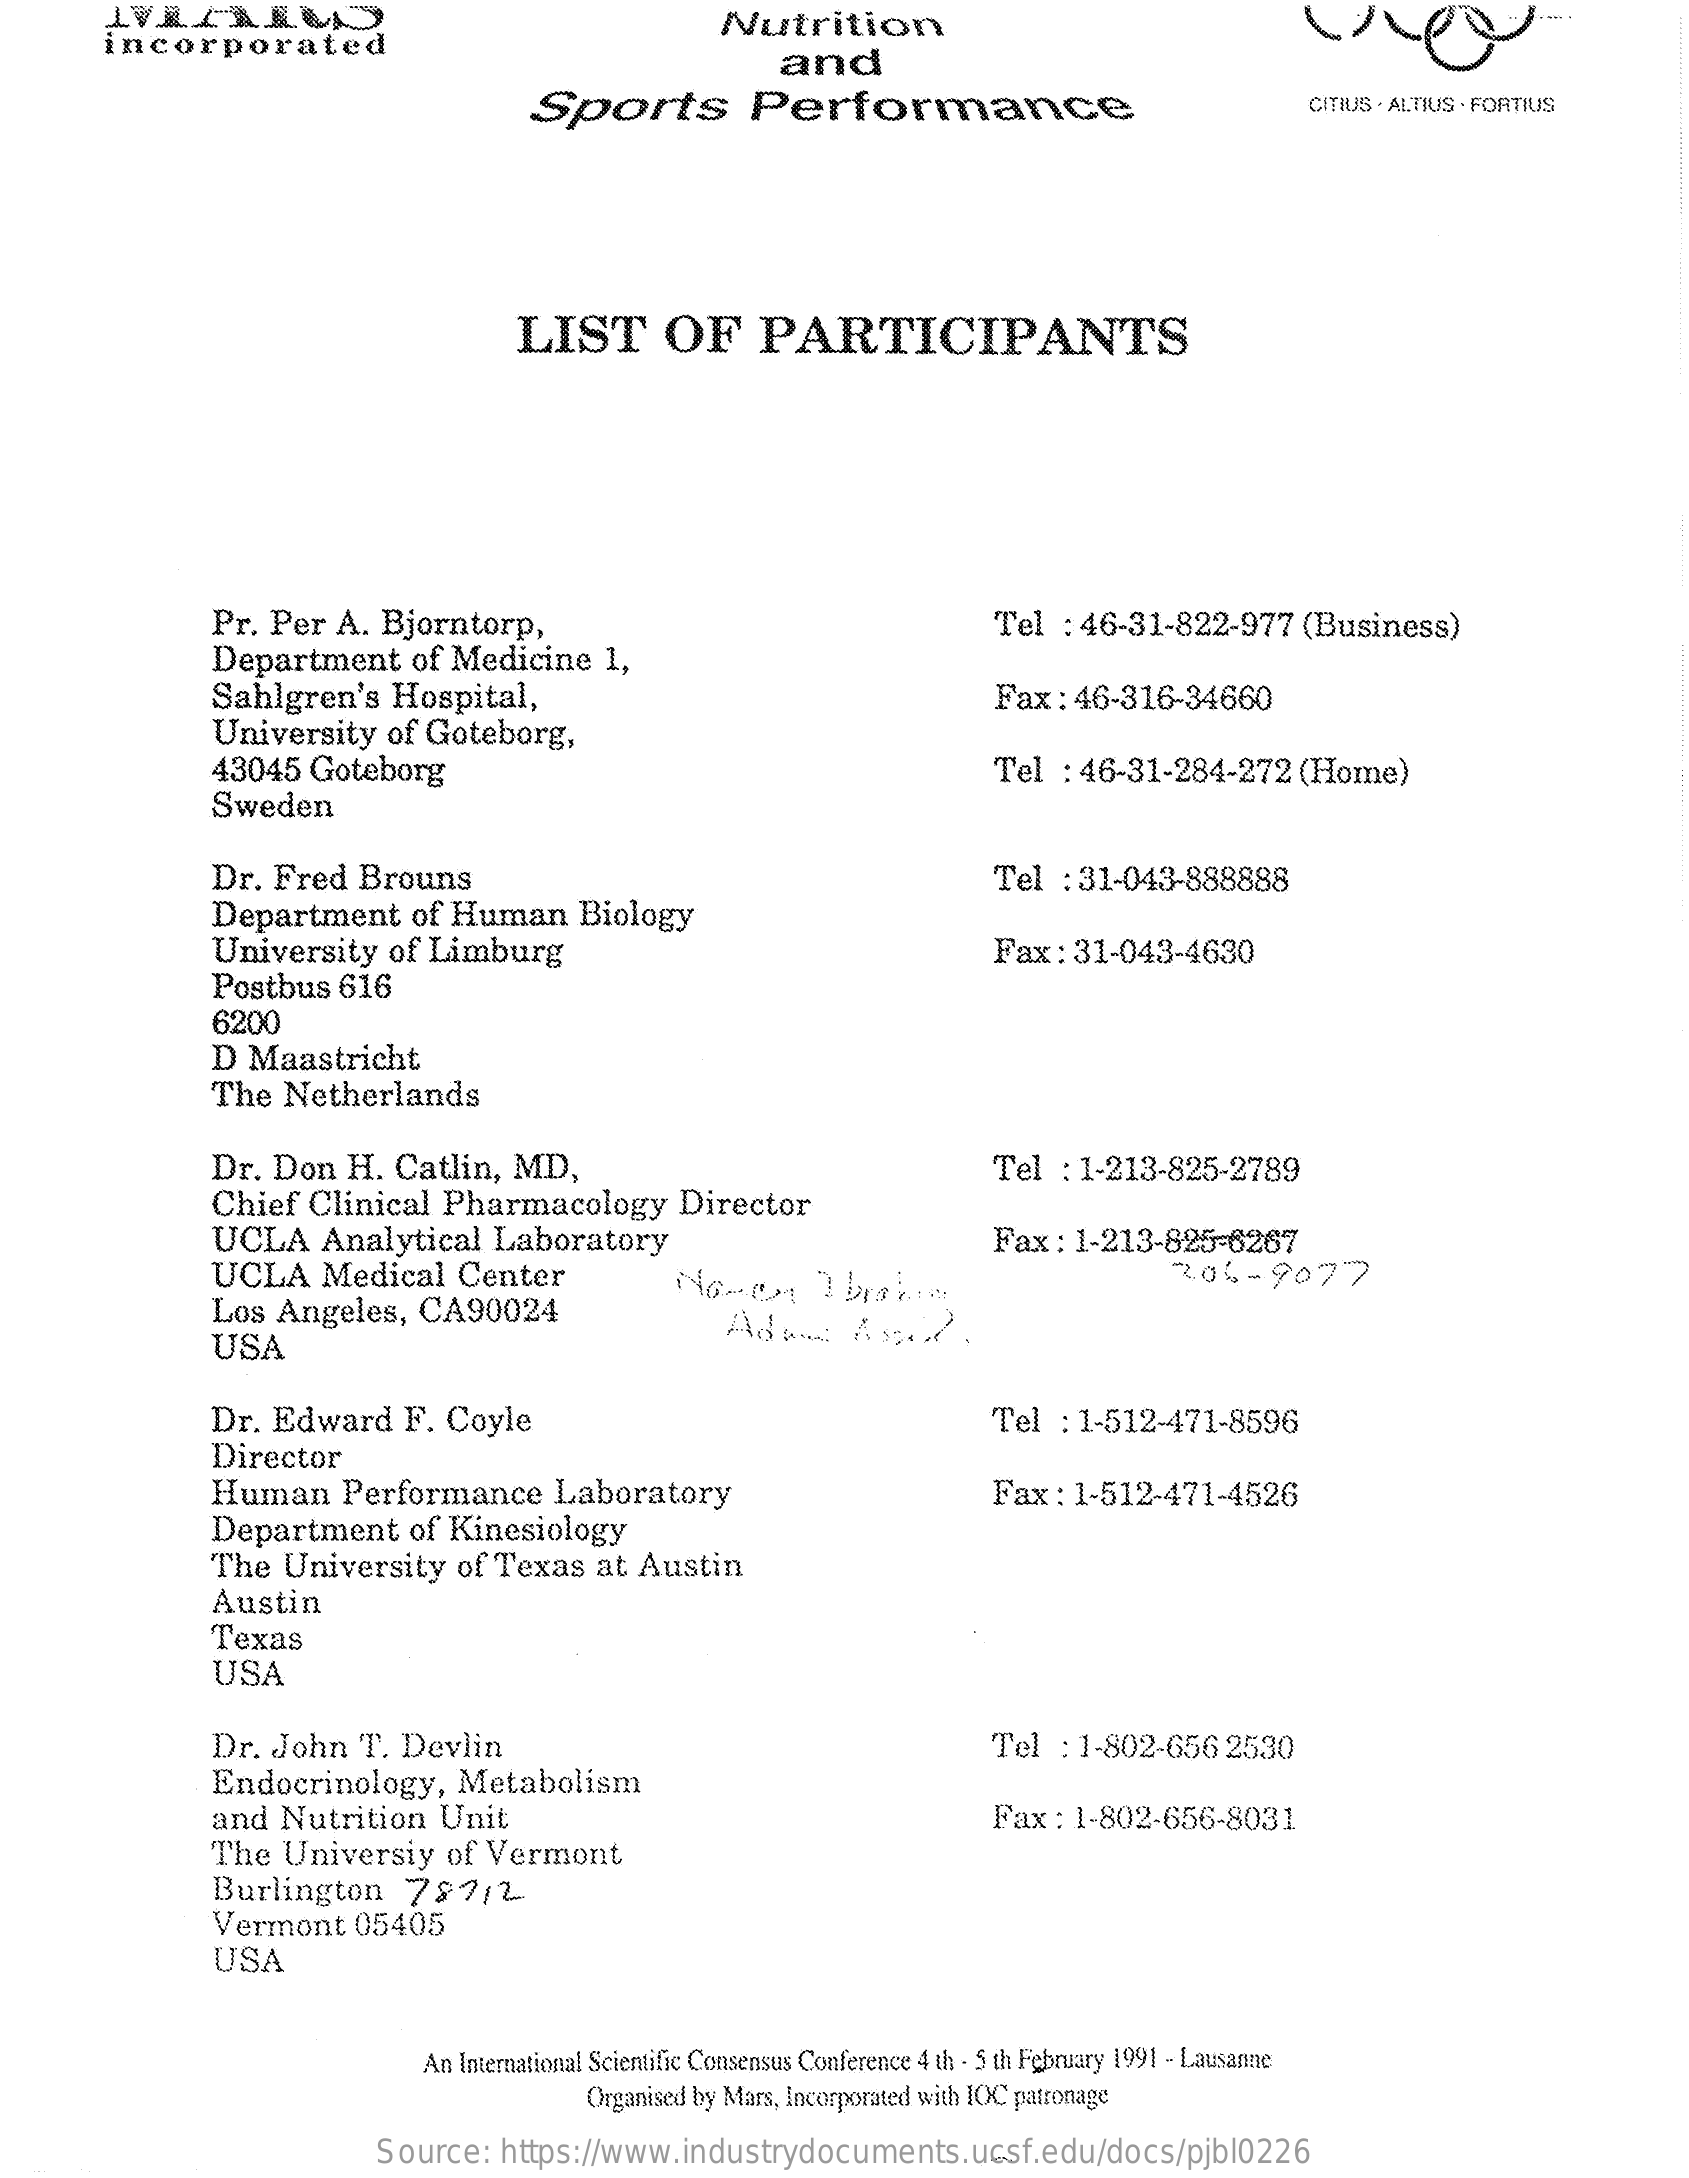
incorporated
     Nutrition
     and
     Sports    Performance    CITIUS · ALTIUS - FORTIUS
     LIST    OF    PARTICIPANTS
     Pr. Per   A.  Bjorntorp,    Tel  : 46-31-822-977    (Business)
     Department    of Medicine    1,
     Sahlgren's    Hospital,    Fax  : 46-316-34660
     University    of  Goteborg,
     43045   Goteborg    Tel  : 46-31-284-272    (Home)
     Sweden
     Dr.  Fred   Brouns
     Department    of  Human    Biology
     Tel  : 31-043-888888
     University    of Limburg    Fax  : 31-043-4630
     Postbus   616
     6200
     D  Maastricht
     The   Netherlands
     Dr.  Don   H.  Catlin,   MD,    Tel  : 1-213-825-2789
     Chief   Clinical   Pharmacology    Director
     UCLA    Analytical    Laboratory    Fax  : 1-213-825-6267
     UCLA    Medical    Center    "204-9077
     Los  Angeles,    CA90024
     USA
     Adi    Asit.
     Dr.  Edward    F. Coyle
     Director
     Tel  : 1-512-471-8596
     Human    Performance    Laboratory    Fax  : 1-512-471-4526
     Department    of  Kinesiology
     The   University    of  Texas   at  Austin
     Austin
     Texas
     USA
     Dr.  John   T.  Devlin    Tel  : 1-802-656   2530
     Endocrinology,    Metabolism
     and  Nutrition    Unit    Fax  : 1-802-656-8031
     The   Universiy    of  Vermont
     Burlington    797/2-
     Vermont    05405
     USA
     An International Scientific Consensus Conference 4 th - 5 th February 1991 - Lausanne
     Organised by Mars, Incorporated with IOC patronage
     Source:    https://www.industrydocuments.ucsf.edu/docs/pjbl0226